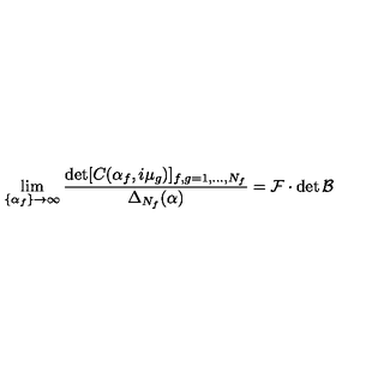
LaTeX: \lim _ { \{ \alpha _ { f } \} \to \infty } \frac { \det [ C ( \alpha _ { f } , i \mu _ { g } ) ] _ { f , g = 1 , \dots , N _ { f } } } { \Delta _ { N _ { f } } ( \alpha ) } = \mathcal { F } \cdot \det \mathcal { B }